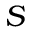
S